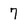
Character: 7